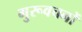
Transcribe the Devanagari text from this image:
गुरूवचनों